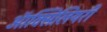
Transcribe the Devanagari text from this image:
ऑक्सिलियरी